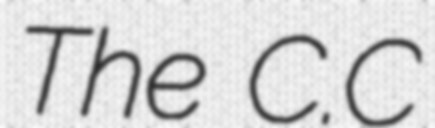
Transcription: The C.C